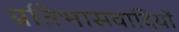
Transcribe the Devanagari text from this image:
प्रतिभासवादियों